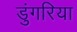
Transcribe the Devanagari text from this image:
डुंगरिया